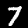
Digit: 7